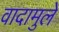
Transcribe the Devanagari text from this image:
वादामुले